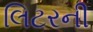
લિટરની